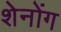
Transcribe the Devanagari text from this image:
शेनोंग